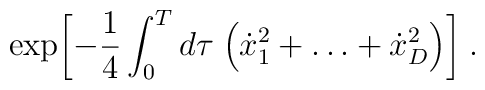
\exp \biggl[ - \frac{1}{4} \int_0^T d\tau \; \Bigl(\dot{x}_1^2 + \ldots + \dot{x}_D^2 \Bigr) \biggr] \; .